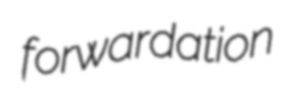
forwardation